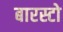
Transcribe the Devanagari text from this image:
बारस्टो